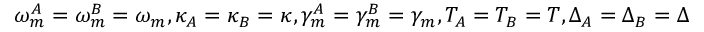
\omega _ { m } ^ { A } = \omega _ { m } ^ { B } = \omega _ { m } , \kappa _ { A } = \kappa _ { B } = \kappa , \gamma _ { m } ^ { A } = \gamma _ { m } ^ { B } = \gamma _ { m } , T _ { A } = T _ { B } = T , \Delta _ { A } = \Delta _ { B } = \Delta